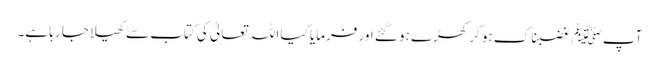
آپ ﷺ غضبناک ہو کر کھڑے ہو گئے اور فرمایا کیا اللہ تعالیٰ کی کتاب سے کھیلا جا رہا ہے۔